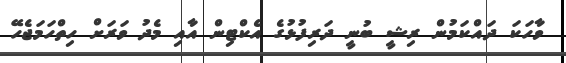
ވާހަކަ ދައްކަމުން ރިޝީ ބުނީ ދަރިފުޅުގެ އެކްޓިން އާއި މެދު ވަރަށް ހިތްހަމަޖެހޭ